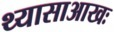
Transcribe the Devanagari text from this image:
थ्यासाआखः